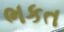
ભકત